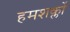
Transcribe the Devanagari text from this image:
हमशक्लों